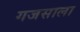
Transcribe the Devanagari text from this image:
गजसाला